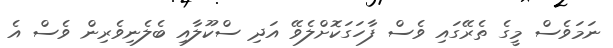
ނަމަވެސް މީގެ ތެރޭގައި ވެސް ފާހަގަކޮށްލެވޭ އަދި ސްކޫލާއި ބެލެނިވެރިން ވެސް އެ